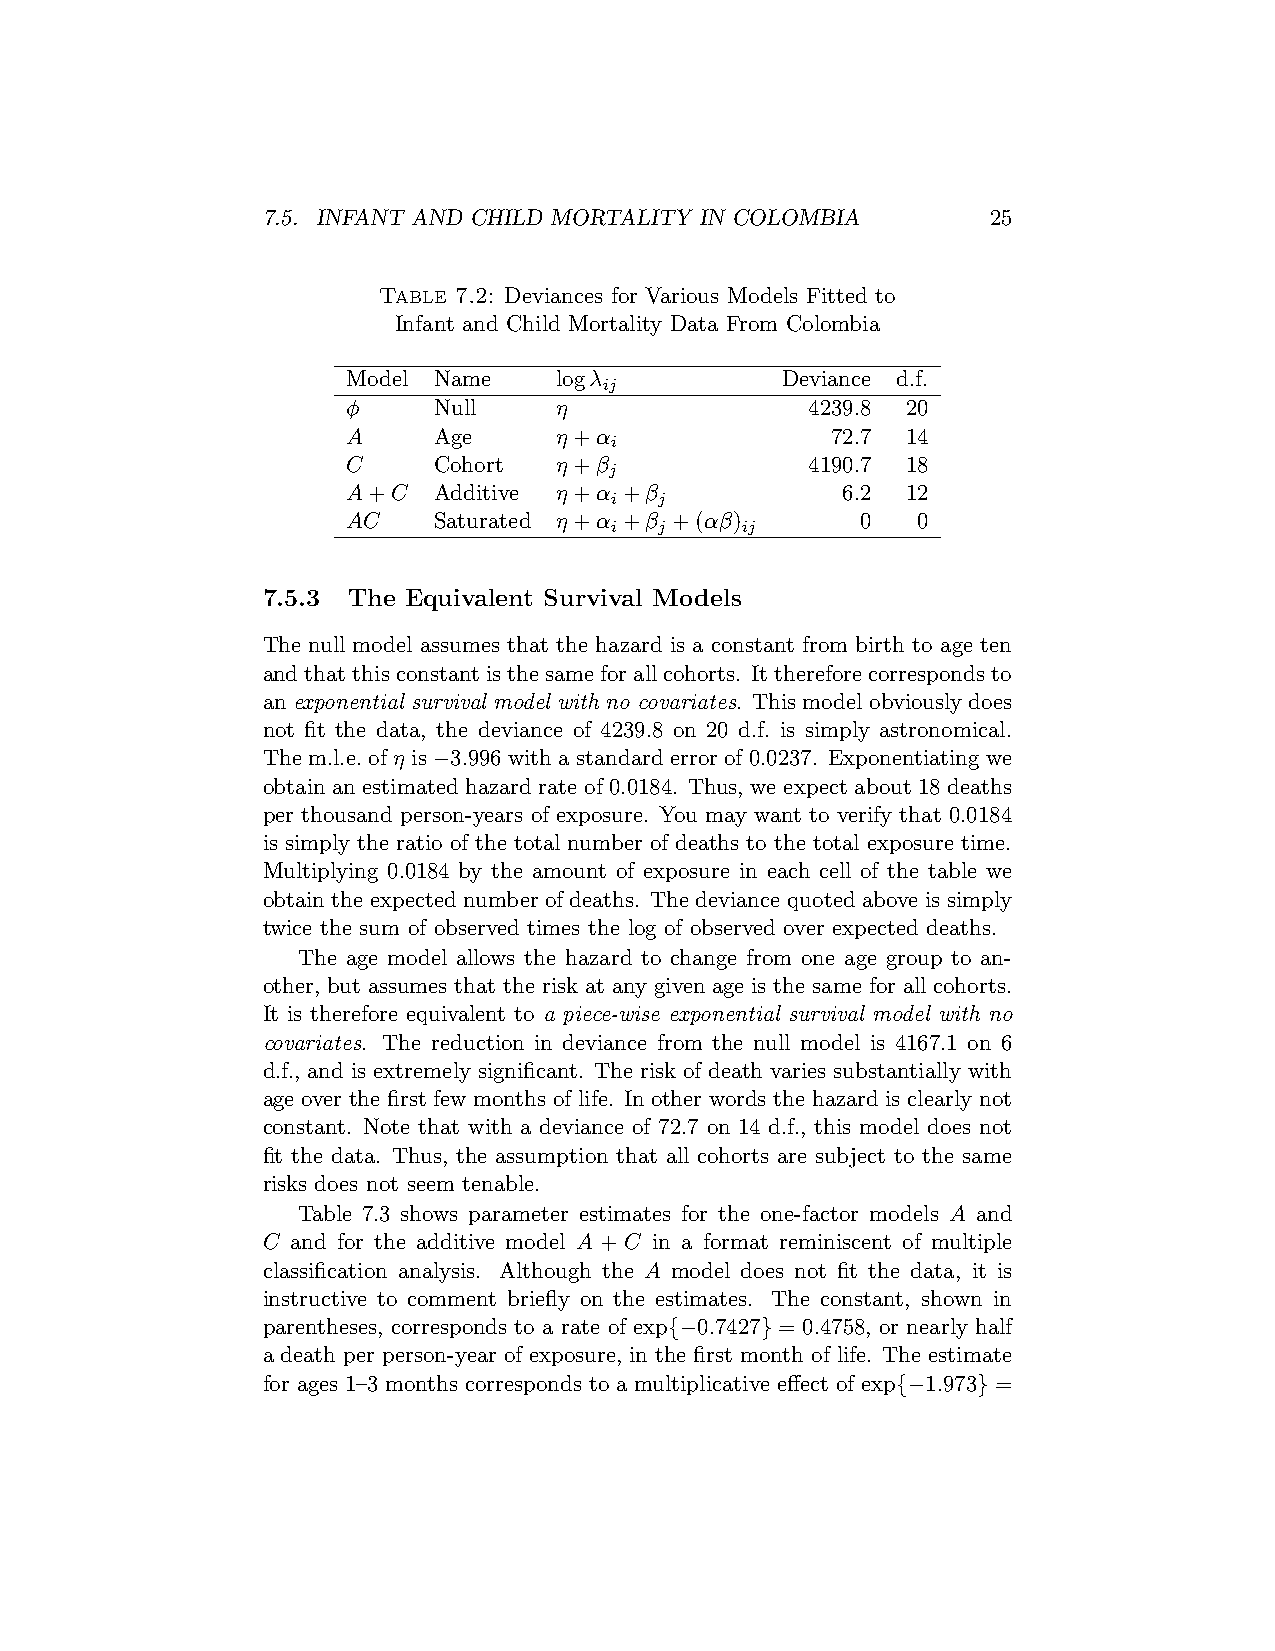
7.5. INFANT AND CHILD MORTALITY IN COLOMBIA      25
 Table 7.2: Deviances for Various Models Fitted to
 Infant and Child Mortality Data From Colombia
 Model Name    logλ           Deviance d.f.
 ij
 φ     Null    η                4239.8 20
 A     Age     η+α               72.7 14
 i
 C     Cohort  η+β              4190.7 18
 j
 A+C   Additive η+α +β            6.2 12
 i   j
 AC    Saturated η+α +β +(αβ)      0   0
 i   j    ij
 7.5.3 The Equivalent Survival Models
 The null model assumes that the hazard is a constant from birth to age ten
 andthatthisconstantisthesameforallcohorts. Itthereforecorrespondsto
 an exponential survival model with no covariates. This model obviously does
 not fit the data, the deviance of 4239.8 on 20 d.f. is simply astronomical.
 Them.l.e.ofη is−3.996withastandarderrorof0.0237. Exponentiatingwe
 obtain an estimated hazard rate of 0.0184. Thus, we expect about 18 deaths
 per thousand person-years of exposure. You may want to verify that 0.0184
 is simply the ratio of the total number of deaths to the total exposure time.
 Multiplying 0.0184 by the amount of exposure in each cell of the table we
 obtain the expected number of deaths. The deviance quoted above is simply
 twice the sum of observed times the log of observed over expected deaths.
 The age model allows the hazard to change from one age group to an-
 other, but assumes that the risk at any given age is the same for all cohorts.
 It is therefore equivalent to a piece-wise exponential survival model with no
 covariates. The reduction in deviance from the null model is 4167.1 on 6
 d.f., and is extremely significant. The risk of death varies substantially with
 age over the first few months of life. In other words the hazard is clearly not
 constant. Note that with a deviance of 72.7 on 14 d.f., this model does not
 fit the data. Thus, the assumption that all cohorts are subject to the same
 risks does not seem tenable.
 Table 7.3 shows parameter estimates for the one-factor models A and
 C and for the additive model A + C in a format reminiscent of multiple
 classification analysis. Although the A model does not fit the data, it is
 instructive to comment briefly on the estimates. The constant, shown in
 parentheses, corresponds to a rate of exp{−0.7427} = 0.4758, or nearly half
 a death per person-year of exposure, in the first month of life. The estimate
 for ages 1–3 months corresponds to a multiplicative effect of exp{−1.973} =